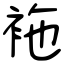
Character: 袘